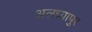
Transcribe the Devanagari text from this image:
अलध्यापुर